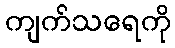
ကျက်သရေကို